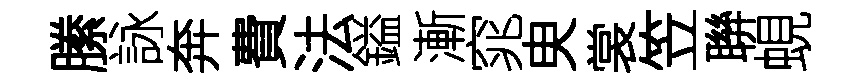
縢詠奔費法鎰漸窕㬰裳笠聨蜆